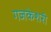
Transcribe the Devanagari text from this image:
गजकेशरी